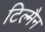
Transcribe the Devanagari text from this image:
टिल्मैन